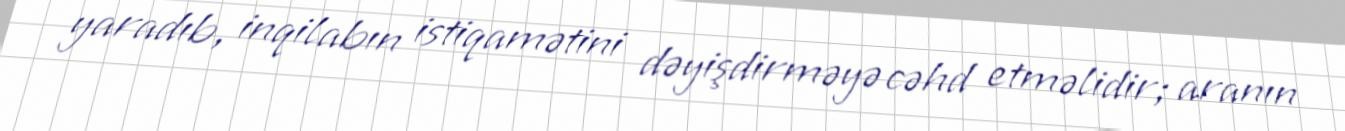
yaradıb, inqilabın istiqamətini dəyişdirməyə cəhd etməlidir; aranın